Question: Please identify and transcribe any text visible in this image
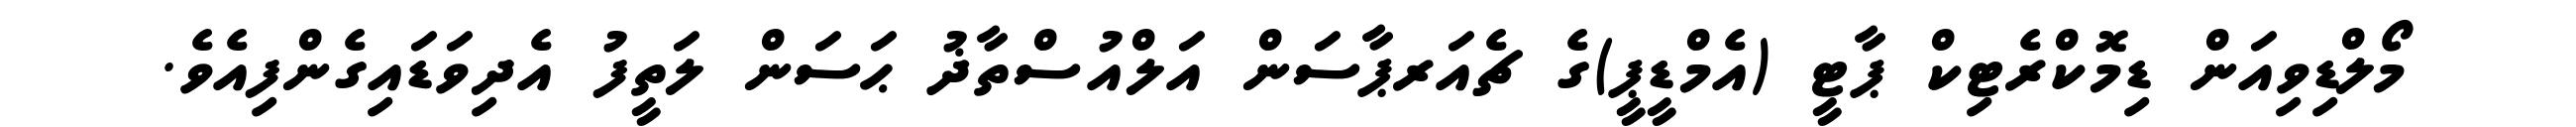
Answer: މޯލްޑިވިއަން ޑިމޮކްރެޓިކް ޕާޓީ (އެމްޑީޕީ)ގެ ޗެއަރޕާސަން އަލްއުސްތާޛު ޙަސަން ލަތީފު އެދިވަޑައިގެންފިއެވެ.